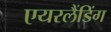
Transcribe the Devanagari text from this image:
एयरलैंडिंग